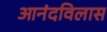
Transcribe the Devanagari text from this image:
आनंदविलास